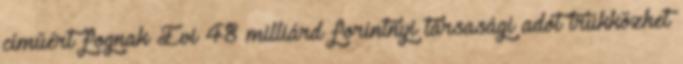
címűért fognak Évi 48 milliárd forintnyi társasági adót trükközhet